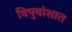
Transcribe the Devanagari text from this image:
विषुवांशात